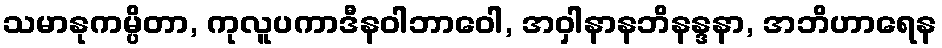
သမာနုကမ္ပိတာ, ကုလူပကာဒီနဝါဘာဝေါ, အဝှါနာနဘိနန္ဒနာ, အဘိဟာရေန